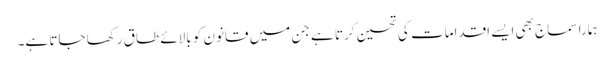
ہمارا سماج بھی ایسے اقدامات کی تحسین کرتا ہے جن میں قانون کو بالائے طاق رکھا جاتا ہے۔